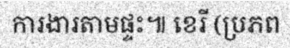
ការងារតាមផ្ទះ៕ ខេរី (ប្រភព